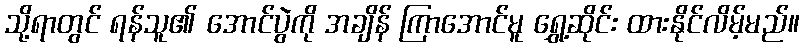
သို့ရာတွင် ရန်သူ၏ အောင်ပွဲကို အချိန် ကြာအောင်မူ ရွှေ့ဆိုင်း ထားနိုင်လိမ့်မည်။